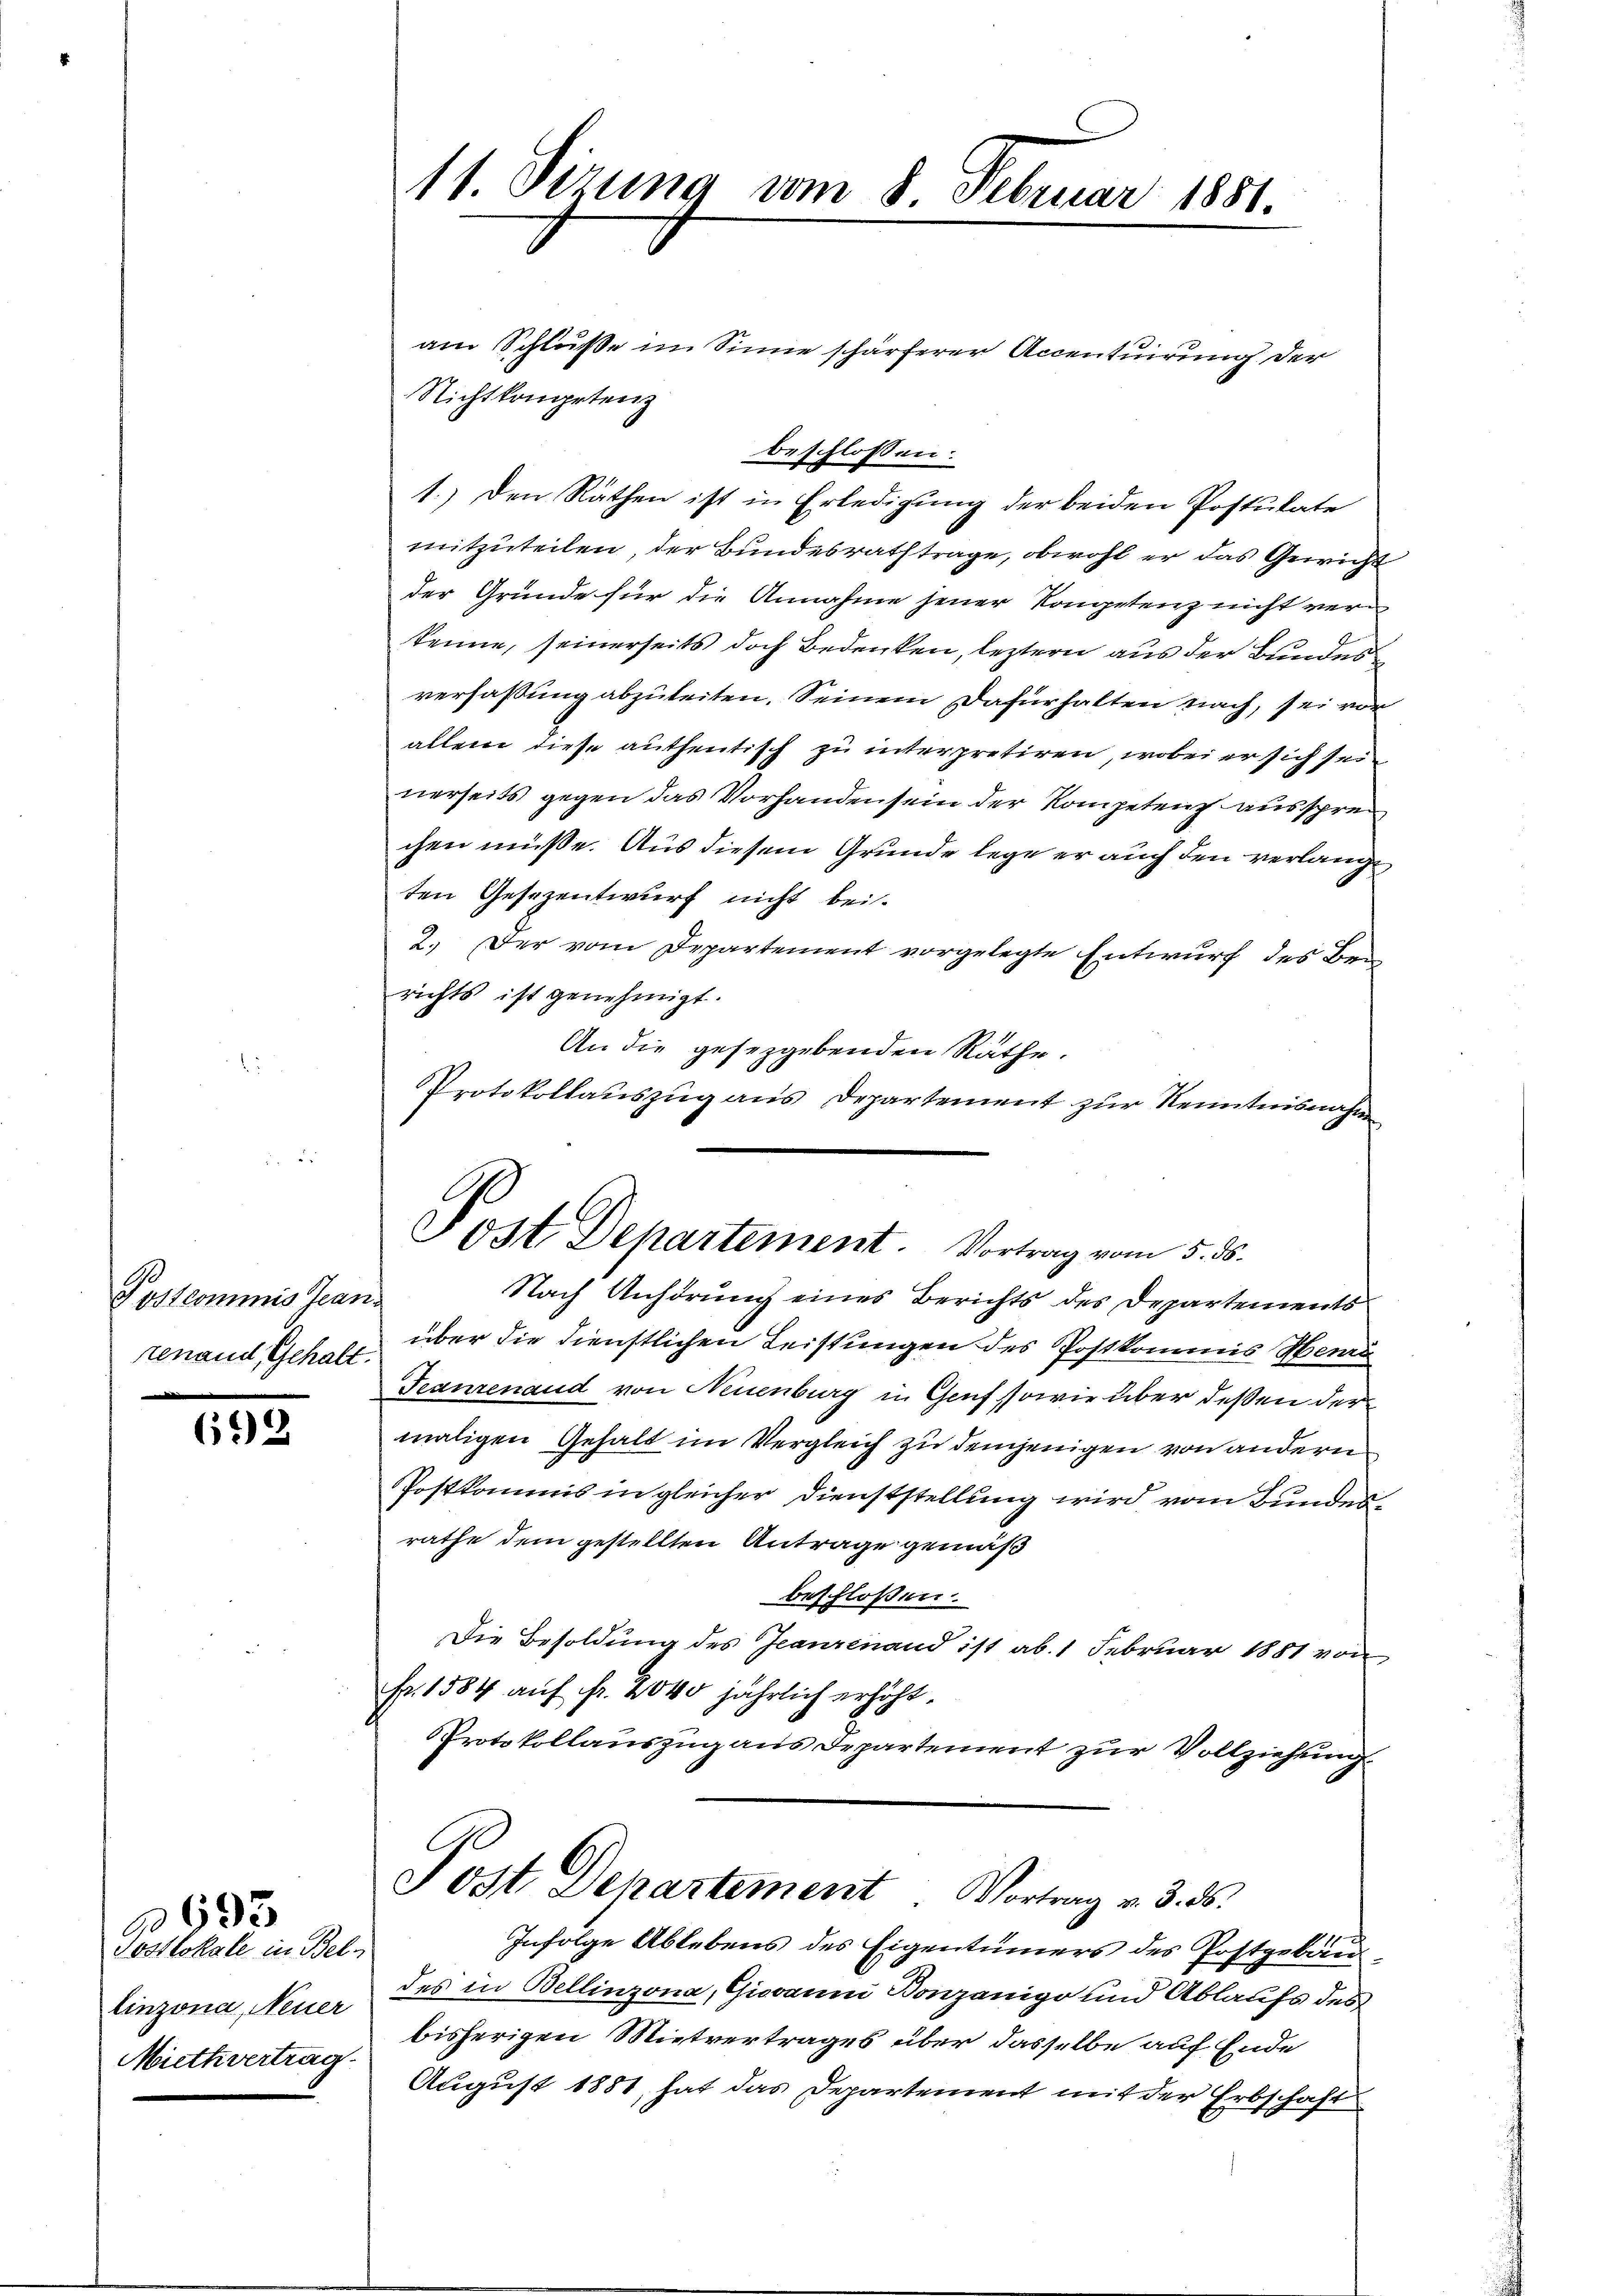
Postcommis Jeantenand Gehalt.

692

Jostlokale in Bel
linzona, Neuer
Miethvertrag

683

11. Sizung vom 8. Februar 1881.

am Schluße im Sinne schärferer Accentuirung der
Nichtkompetenz
beschlossen:
1.) Den Räthen ist in Erledigung der beiden Postulate
mitzuteilen, der Bundesrath trage, obwohl er das Gewicht
der Gründe für die Annahme jener Kompetenz nicht verkenne, seinerseits doch Bedenken, leztern aus der Bundesverfassung abzuleiten. Seinem Dafürhalten nach, sei vor
allein diese authentisch zu interpretiren, wobei er sich sei
nerseits gegen das Vorhanden sein der Kompeten aussprechen müsse. Aus diesem Grunde lege er auch den verlangt
ten Gesezentwurf nicht bei.
2.) Der vom Departement vorgelegte Entwurf des Bei
richts ist genehmigt.
An die gesetzgebenden Räthe.
Protokollauszug aus Departement zur Kenntnisnahm

Post Departement. Vortrag vom 5. d.

Nach Anhörung eines Berichts des Departements
über die dienstlichen Leistungen des Postkommis Her
Feaurenaud von Neuenburg in Genf sowie über deßen der
maligen Gehalt im Vergleich zu demjenigen von andern
Postkommis in gleicher Dienststellung wird vom Bundesrathe dem gestellten Antrage gemäß
beschloßen.
Die Besoldung des Jeanzenand ist ab. 1 Februar 1881 von
Fr. 1584 auf fr. 2040 jährlich erhöht.
Protokollauszug aus Departement zur Vollziehung

Post. Departement Vortrag v. 3. 55.

Infolge Ablebens des Eigentümers des Postgebäusdes in Bellinzona, Giovann Konzanige und Ablaufs des
bisherigen Mietvertrages über dasselbe auf Ende
August 1881, hat das Departement mit der Erbschaft